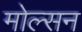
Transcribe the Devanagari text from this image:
मोल्सन